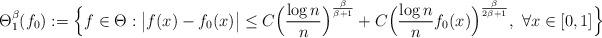
LaTeX: \begin{align*}\Theta_1^\beta(f_0) := \Big\{ f\in \Theta : \big| f(x)-f_0(x) \big| \leq C \Big(\frac{\log n}{n}\Big)^{\frac{\beta}{\beta+1}}+ C \Big(\frac{\log n}{n}f_0(x)\Big)^{\frac{\beta}{2\beta+1}}, \ \forall x\in[0,1]\Big\}\end{align*}